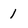
Character: 1